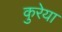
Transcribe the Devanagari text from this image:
कुरेया